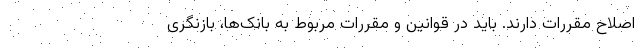
اصلاح مقررات دارند. باید در قوانین و مقررات مربوط به بانک‌ها، بازنگری